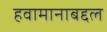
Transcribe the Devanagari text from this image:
हवामानाबद्दल